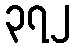
၃၇၂